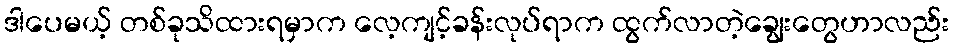
ဒါပေမယ့် တစ်ခုသိထားရမှာက လေ့ကျင့်ခန်းလုပ်ရာက ထွက်လာတဲ့ချွေးတွေဟာလည်း